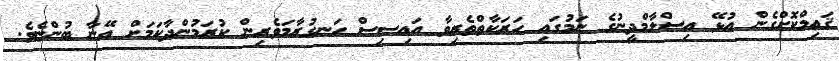
ޤައިމްކޮށްގެން އުޅޭ އިސްލާމްދީނުގެ ނަމުގައި ހަރަކާތްތެރިވާ އައިސިސް ހަނގުރާމަވެރިން ކުރަމުންދާކަމަށް އޭނާ ބުންޏެވެ.